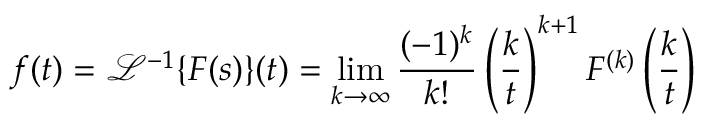
f ( t ) = { \mathcal { L } } ^ { - 1 } \{ F ( s ) \} ( t ) = \operatorname* { l i m } _ { k \to \infty } { \frac { ( - 1 ) ^ { k } } { k ! } } \left( { \frac { k } { t } } \right) ^ { k + 1 } F ^ { ( k ) } \left( { \frac { k } { t } } \right)